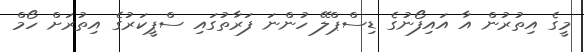
މީގެ އިތުރުން އާ އައިފޯނުގެ ޑިސްޕްލޭ ހުންނަ ފަރާތުގައި ސްޕީކަރުގެ އިތުރަށް ހޯމް